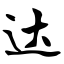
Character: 达